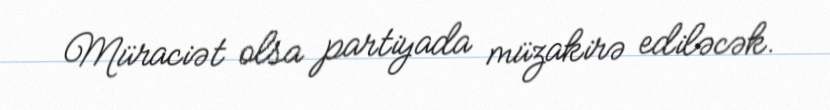
Müraciət olsa partiyada müzakirə ediləcək.